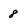
Character: 8